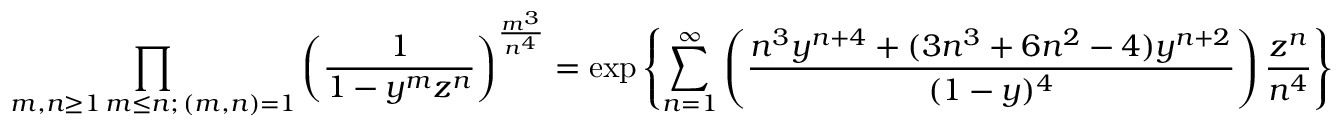
\prod _ { \substack { m , n \geq 1 \, m \leq n ; \, ( m , n ) = 1 } } \left( \frac { 1 } { 1 - y ^ { m } z ^ { n } } \right) ^ { \frac { m ^ { 3 } } { n ^ { 4 } } } = \exp \left\{ \sum _ { n = 1 } ^ { \infty } \left( \frac { n ^ { 3 } y ^ { n + 4 } + ( 3 n ^ { 3 } + 6 n ^ { 2 } - 4 ) y ^ { n + 2 } } { ( 1 - y ) ^ { 4 } } \right) \frac { z ^ { n } } { n ^ { 4 } } \right\}